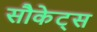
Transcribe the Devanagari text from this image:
सौकेट्स